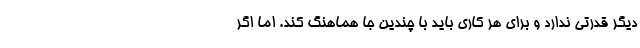
دیگر قدرتی ندارد و برای هر کاری باید با چندین جا هماهنگ کند. اما اگر